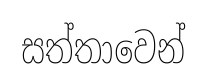
සත්තාවෙන්